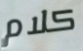
كلام